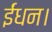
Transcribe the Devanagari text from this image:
ईंधन।